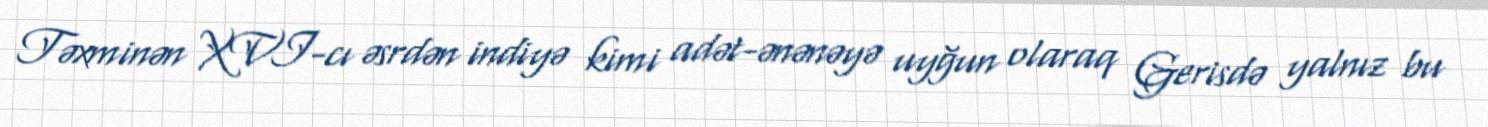
Təxminən XVI-cı əsrdən indiyə kimi adət-ənənəyə uyğun olaraq Gerisdə yalnız bu